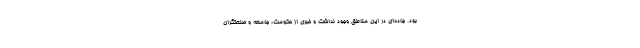
بود. جاده‌ای در این مناطق وجود نداشت و خبری از حکومت، جامعه و صنعتگران